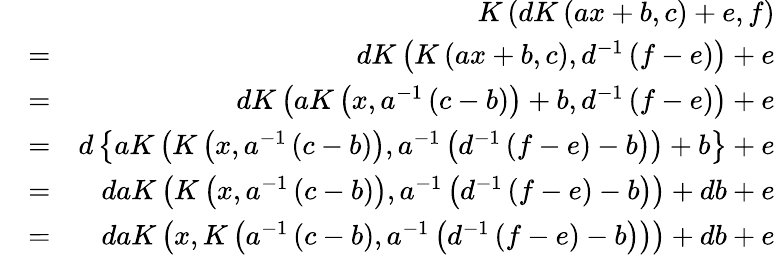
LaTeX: \begin{array}{rlr}&{}&{K\left(dK\left(ax+b,c\right)+e,f\right)}\\ &{=}&{dK\left(K\left(ax+b,c\right),d^{-1}\left(f-e\right)\right)+e}\\ &{=}&{dK\left(aK\left(x,a^{-1}\left(c-b\right)\right)+b,d^{-1}\left(f-e\right)\right)+e}\\ &{=}&{d\left\{ aK\left(K\left(x,a^{-1}\left(c-b\right)\right),a^{-1}\left(d^{-1}\left(f-e\right)-b\right)\right)+b\right\} +e}\\ &{=}&{daK\left(K\left(x,a^{-1}\left(c-b\right)\right),a^{-1}\left(d^{-1}\left(f-e\right)-b\right)\right)+db+e}\\ &{=}&{daK\left(x,K\left(a^{-1}\left(c-b\right),a^{-1}\left(d^{-1}\left(f-e\right)-b\right)\right)\right)+db+e}\end{array}